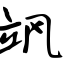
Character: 飒